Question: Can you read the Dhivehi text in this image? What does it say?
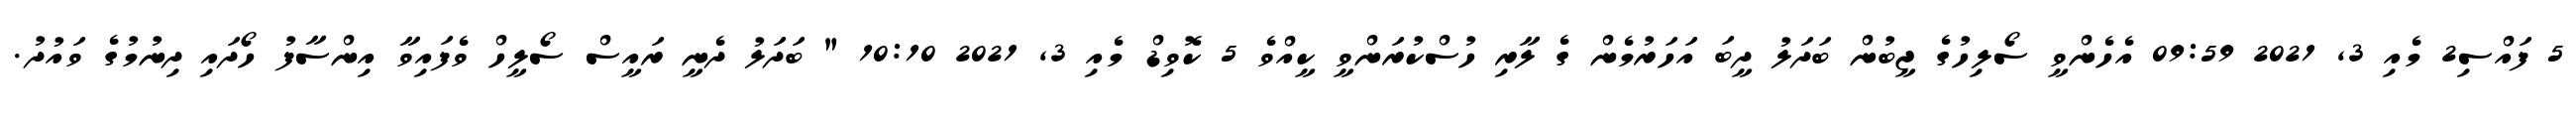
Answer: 5 ފައްސި2 މެއި 3, 2021 09:59 އެހެންވީ ސޯލިހުގެ ޖީބުން ބަދަލު ދީބަ އަހަރުމެން ގެ ލާރި ހުސްކުރަންވީ ކީއްވެ 5 ކޮވިޑް މެއި 3, 2021 10:10 " ބަދަލު ދެނީ ރައީސް ސޯލީހް ވެފައިވާ އިންސާފު ހޯދައި ދިނުމުގެ ވައުދު.